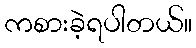
ကစားခဲ့ရပါတယ်။